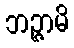
ဘဉ္ဇာမိ